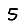
Digit: 5